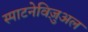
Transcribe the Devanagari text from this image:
स्पाटनेविज़ुअल